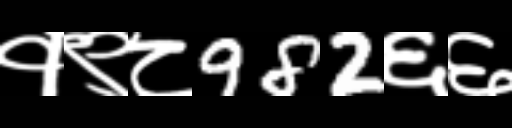
Text: १९८982६६